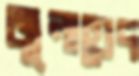
জুনায়েদ